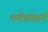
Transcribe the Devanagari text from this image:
मनोवांछाएँ